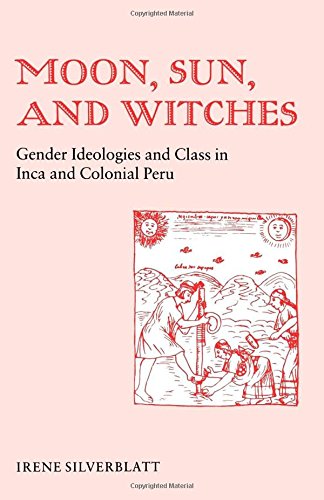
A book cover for Moon, Sun and Witches; Irene Marsha Silverblatt; History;